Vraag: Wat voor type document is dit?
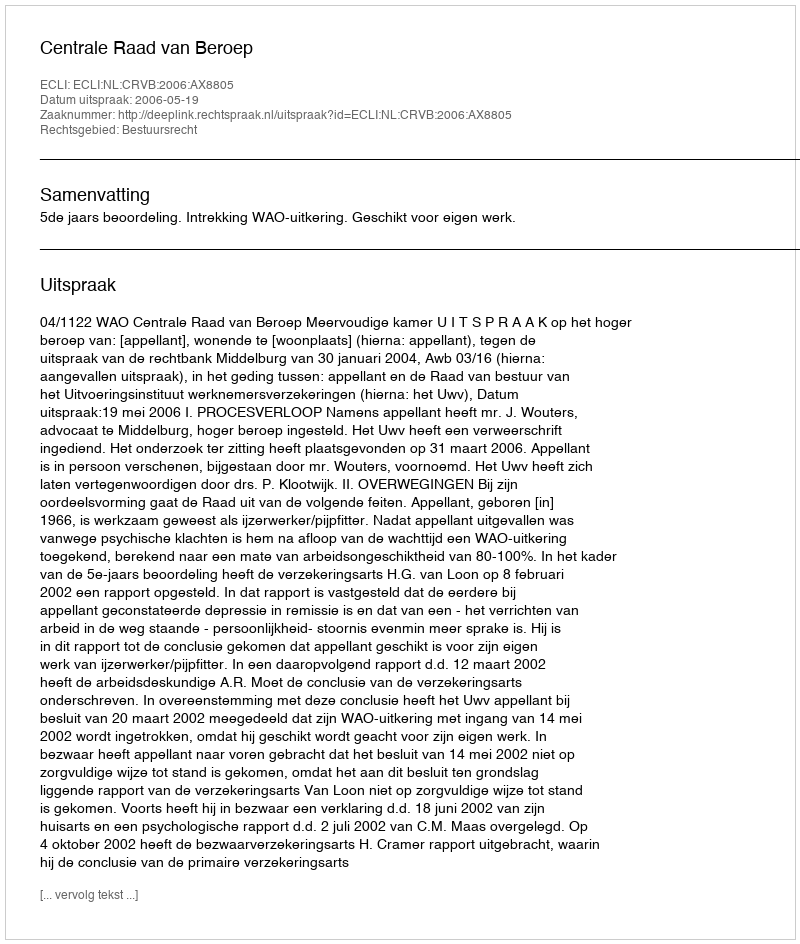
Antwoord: Uitspraak